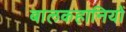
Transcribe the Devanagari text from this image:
बालकहानियों